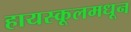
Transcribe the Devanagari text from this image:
हायस्‍कूलमधून